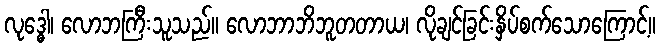
လုဒ္ဓေါ၊ လောဘကြီးသူသည်။ လောဘာဘိဘူတတာယ၊ လိုချင်ခြင်းနှိပ်စက်သောကြောင့်။